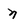
Character: n